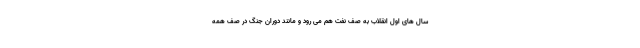
سال های اول انقلاب به صف نفت هم می رود و مانند دوران جنگ در صف همه